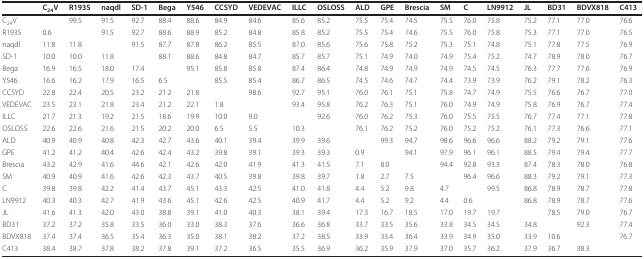
<table><thead><tr><td></td><td><b>C<sub>24</sub>V</b></td><td><b>R1935</b></td><td><b>naqdl</b></td><td><b>SD-1</b></td><td><b>Bega</b></td><td><b>Y546</b></td><td><b>CCSYD</b></td><td><b>VEDEVAC</b></td><td><b>ILLC</b></td><td><b>OSLOSS</b></td><td><b>ALD</b></td><td><b>GPE</b></td><td><b>Brescia</b></td><td><b>SM</b></td><td><b>C</b></td><td><b>LN9912</b></td><td><b>JL</b></td><td><b>BD31</b></td><td><b>BDVX818</b></td><td><b>C413</b></td></tr></thead><tbody><tr><td>C<sub>24</sub>V</td><td></td><td>99.5</td><td>91.5</td><td>92.7</td><td>88.4</td><td>88.6</td><td>84.9</td><td>84.6</td><td>85.6</td><td>85.2</td><td>75.5</td><td>75.4</td><td>74.5</td><td>75.5</td><td>76.0</td><td>75.8</td><td>75.2</td><td>77.1</td><td>77.0</td><td>76.6</td></tr><tr><td>R1935</td><td>0.6</td><td></td><td>91.5</td><td>92.7</td><td>88.6</td><td>88.9</td><td>85.2</td><td>84.8</td><td>85.8</td><td>85.2</td><td>75.5</td><td>75.4</td><td>74.6</td><td>75.5</td><td>76.0</td><td>75.8</td><td>75.3</td><td>77.1</td><td>77.0</td><td>76.5</td></tr><tr><td>naqdl</td><td>11.8</td><td>11.8</td><td></td><td>91.5</td><td>87.7</td><td>87.8</td><td>86.2</td><td>85.5</td><td>87.0</td><td>85.6</td><td>75.6</td><td>75.8</td><td>75.2</td><td>75.3</td><td>75.1</td><td>74.8</td><td>75.1</td><td>77.8</td><td>77.5</td><td>76.9</td></tr><tr><td>SD-1</td><td>10.0</td><td>10.0</td><td>11.8</td><td></td><td>88.1</td><td>88.6</td><td>84.8</td><td>84.7</td><td>85.7</td><td>85.7</td><td>75.1</td><td>74.9</td><td>74.0</td><td>74.9</td><td>75.4</td><td>75.2</td><td>74.7</td><td>78.9</td><td>78.0</td><td>76.7</td></tr><tr><td>Bega</td><td>16.9</td><td>16.5</td><td>18.0</td><td>17.4</td><td></td><td>95.1</td><td>85.8</td><td>85.8</td><td>87.4</td><td>86.4</td><td>74.8</td><td>74.9</td><td>74.9</td><td>74.9</td><td>74.5</td><td>74.5</td><td>76.3</td><td>77.7</td><td>77.6</td><td>76.9</td></tr><tr><td>Y546</td><td>16.6</td><td>16.2</td><td>17.9</td><td>16.5</td><td>6.5</td><td></td><td>85.5</td><td>85.4</td><td>86.7</td><td>86.5</td><td>74.5</td><td>74.6</td><td>74.7</td><td>74.4</td><td>73.9</td><td>73.9</td><td>76.2</td><td>79.1</td><td>78.2</td><td>76.3</td></tr><tr><td>CCSYD</td><td>22.8</td><td>22.4</td><td>20.5</td><td>23.2</td><td>21.2</td><td>21.8</td><td></td><td>98.6</td><td>92.7</td><td>95.1</td><td>76.0</td><td>76.1</td><td>75.1</td><td>75.8</td><td>74.7</td><td>74.9</td><td>75.5</td><td>76.6</td><td>76.7</td><td>77.0</td></tr><tr><td>VEDEVAC</td><td>23.5</td><td>23.1</td><td>21.8</td><td>23.4</td><td>21.2</td><td>22.1</td><td>1.8</td><td></td><td>93.4</td><td>95.8</td><td>76.2</td><td>76.3</td><td>75.1</td><td>76.0</td><td>74.9</td><td>74.9</td><td>75.8</td><td>76.9</td><td>76.7</td><td>77.4</td></tr><tr><td>ILLC</td><td>21.7</td><td>21.3</td><td>19.2</td><td>21.5</td><td>18.6</td><td>19.9</td><td>10.0</td><td>9.0</td><td></td><td>92.6</td><td>76.0</td><td>76.2</td><td>75.3</td><td>76.0</td><td>75.5</td><td>75.5</td><td>76.7</td><td>77.4</td><td>77.1</td><td>77.8</td></tr><tr><td>OSLOSS</td><td>22.6</td><td>22.6</td><td>21.6</td><td>21.5</td><td>20.2</td><td>20.0</td><td>6.5</td><td>5.5</td><td>10.3</td><td></td><td>76.1</td><td>76.2</td><td>75.2</td><td>76.0</td><td>75.2</td><td>75.2</td><td>76.1</td><td>77.3</td><td>76.6</td><td>77.1</td></tr><tr><td>ALD</td><td>40.9</td><td>40.9</td><td>40.8</td><td>42.3</td><td>42.7</td><td>43.6</td><td>40.1</td><td>39.4</td><td>39.9</td><td>39.6</td><td></td><td>99.3</td><td>94.7</td><td>98.6</td><td>96.6</td><td>96.6</td><td>88.2</td><td>79.2</td><td>79.1</td><td>77.6</td></tr><tr><td>GPE</td><td>41.2</td><td>41.2</td><td>40.4</td><td>42.6</td><td>42.4</td><td>43.2</td><td>39.8</td><td>39.1</td><td>39.3</td><td>39.3</td><td>0.9</td><td></td><td>94.1</td><td>97.9</td><td>96.1</td><td>96.1</td><td>88.5</td><td>79.4</td><td>79.4</td><td>77.7</td></tr><tr><td>Brescia</td><td>43.2</td><td>42.9</td><td>41.6</td><td>44.6</td><td>42.1</td><td>42.6</td><td>42.0</td><td>41.9</td><td>41.3</td><td>41.5</td><td>7.1</td><td>8.0</td><td></td><td>94.4</td><td>92.8</td><td>93.3</td><td>87.4</td><td>78.3</td><td>78.0</td><td>76.8</td></tr><tr><td>SM</td><td>40.9</td><td>40.9</td><td>41.6</td><td>42.6</td><td>42.3</td><td>43.7</td><td>40.5</td><td>39.8</td><td>39.8</td><td>39.7</td><td>1.8</td><td>2.7</td><td>7.5</td><td></td><td>96.4</td><td>96.6</td><td>88.3</td><td>79.2</td><td>79.1</td><td>77.3</td></tr><tr><td>C</td><td>39.8</td><td>39.8</td><td>42.2</td><td>41.4</td><td>43.7</td><td>45.1</td><td>43.3</td><td>42.5</td><td>41.0</td><td>41.8</td><td>4.4</td><td>5.2</td><td>9.8</td><td>4.7</td><td></td><td>99.5</td><td>86.8</td><td>78.9</td><td>78.7</td><td>77.8</td></tr><tr><td>LN9912</td><td>40.3</td><td>40.3</td><td>42.7</td><td>41.9</td><td>43.6</td><td>45.1</td><td>42.6</td><td>42.5</td><td>40.9</td><td>41.7</td><td>4.4</td><td>5.2</td><td>9.2</td><td>4.4</td><td>0.6</td><td></td><td>86.8</td><td>78.9</td><td>78.7</td><td>77.6</td></tr><tr><td>JL</td><td>41.6</td><td>41.3</td><td>42.0</td><td>43.0</td><td>38.8</td><td>39.1</td><td>41.0</td><td>40.3</td><td>38.1</td><td>39.4</td><td>17.3</td><td>16.7</td><td>18.5</td><td>17.0</td><td>19.7</td><td>19.7</td><td></td><td>78.5</td><td>79.0</td><td>76.7</td></tr><tr><td>BD31</td><td>37.2</td><td>37.2</td><td>35.8</td><td>33.5</td><td>36.0</td><td>33.0</td><td>38.3</td><td>37.6</td><td>36.6</td><td>36.8</td><td>33.7</td><td>33.5</td><td>35.6</td><td>33.8</td><td>34.5</td><td>34.5</td><td>34.8</td><td></td><td>92.3</td><td>77.4</td></tr><tr><td>BDVX818</td><td>37.4</td><td>37.4</td><td>36.5</td><td>35.4</td><td>36.3</td><td>35.0</td><td>38.1</td><td>38.2</td><td>37.2</td><td>38.5</td><td>33.9</td><td>33.4</td><td>36.4</td><td>33.9</td><td>34.9</td><td>35.0</td><td>33.9</td><td>10.6</td><td></td><td>76.7</td></tr><tr><td>C413</td><td>38.4</td><td>38.7</td><td>37.8</td><td>38.2</td><td>37.8</td><td>39.1</td><td>37.2</td><td>36.5</td><td>35.5</td><td>36.9</td><td>36.2</td><td>35.9</td><td>37.9</td><td>37.0</td><td>35.7</td><td>36.2</td><td>37.9</td><td>36.7</td><td>38.3</td><td></td></tr></tbody></table>